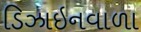
ડિઝાઇનવાળા